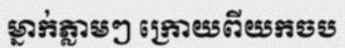
ម្នាក់ភ្លាមៗ ក្រោយពីយកចប